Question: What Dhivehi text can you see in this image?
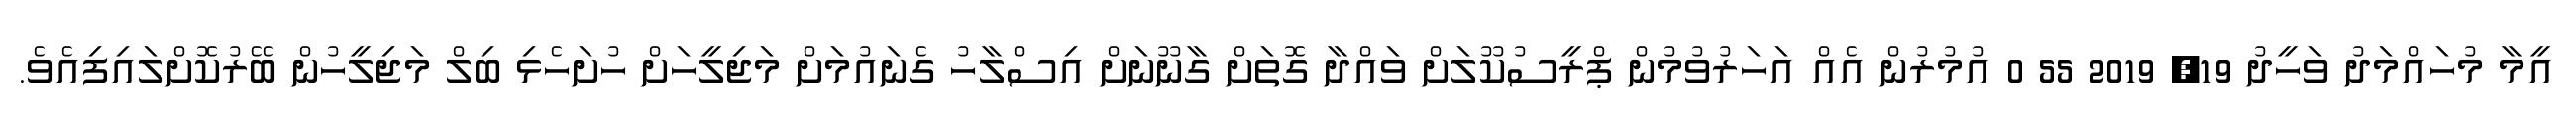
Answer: އީމާ މުހައްމަދު ވަހީދު 19, 2019 55 0 އުމުރުން އެއް އަހަރުވުމުން ޕްރީސުކޫލަށް ވައްދާ ގޮތަށް ގާނޫނަށް އިސްލާހު ގެނައުމަށް މަޖިލީހަށް ހުށަހެޅި ބިލް މަޖިލީހުން ބޭރުކޮށްލައިފިއެވެ.